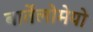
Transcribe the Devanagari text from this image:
बार्तेलोमेयो